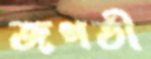
জগতী